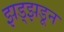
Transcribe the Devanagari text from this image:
झड्झडून